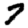
Digit: 7